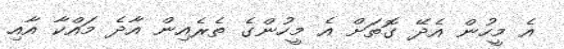
އެ މީހުން އެދޭ ގޮތަށް އެ މީހުންގެ ތެރެއިން އާދެ މައްކާ އާއިި